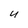
Character: U